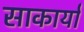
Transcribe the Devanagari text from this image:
साकार्या